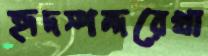
হৃদস্পন্দরেখা